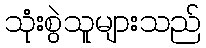
သုံးစွဲသူများသည်